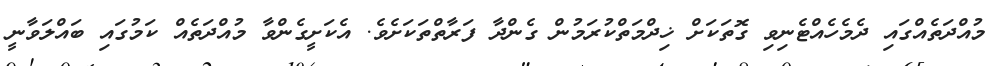
މުއްދަތެއްގައި ދެމެހެއްޓެނިވި ގޮތަކަށް ޚިދްމަތްކުރަމުން ގެންދާ ފަރާތްތަކަށެވެ. އެކަށީގެންވާ މުއްދަތެއް ކަމުގައި ބައްލަވާނީ